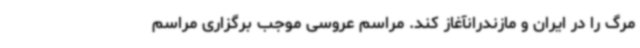
مرگ را در ایران و مازندرانآغاز کند. مراسم عروسی موجب برگزاری مراسم